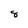
Character: 8